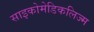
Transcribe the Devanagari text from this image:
साइकोमेडिकलिज्म